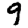
Digit: 9